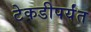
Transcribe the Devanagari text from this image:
टेकडीपर्यंत